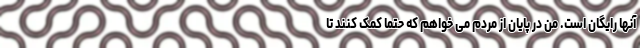
آنها رایگان است. من در پایان از مردم می‌ خواهم که حتماً کمک کنند تا